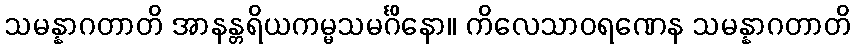
သမန္နာဂတာတိ အာနန္တရိယကမ္မသမင်္ဂိနော။ ကိလေသာဝရဏေန သမန္နာဂတာတိ